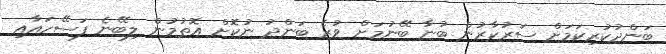
ބަންދުކުރިކަމަށް ސަރުކާރުން ބުނާ ބޭނުމަށް ވުރެ ބަންދު ނުކޮށް އޮތުމުން ލިބޭނެ ފަސޭހައާއި